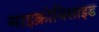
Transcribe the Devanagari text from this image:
माइक्रोबिसाइड